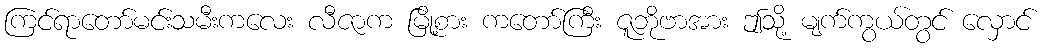
ကြင်ရာတော်မင်းသမီးကလေး လီဇာက မြို့စား ကတော်ကြီး ဇူဘိုဗာအား ဤသို့ မျက်ကွယ်တွင် လှောင်